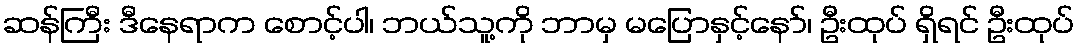
ဆန်ကြီး ဒီနေရာက စောင့်ပါ၊ ဘယ်သူ့ကို ဘာမှ မပြောနှင့်နော်၊ ဦးထုပ် ရှိရင် ဦးထုပ်